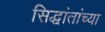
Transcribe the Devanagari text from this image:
सिद्धांतांच्या